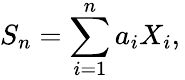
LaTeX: S_{n}=\sum_{i=1}^{n}a_{i}X_{i},\,